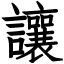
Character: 讓